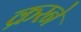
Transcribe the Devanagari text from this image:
क्ररने